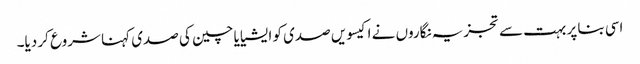
اسی بنا پر بہت سے تجزیہ نگاروں نے اکیسویں صدی کو ایشیا یا چین کی صدی کہنا شروع کر دیا۔